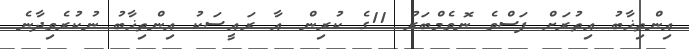
އިންތިޚާބު އިތުރަށް ފަސްވެ ނޮވެމްބަރު 11ގެ ކުރިން އާ ރައީސަކު އިންތިޚާބު ނުކުރެވިދާނެ